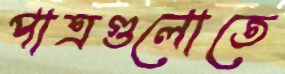
পাত্রগুলোতে